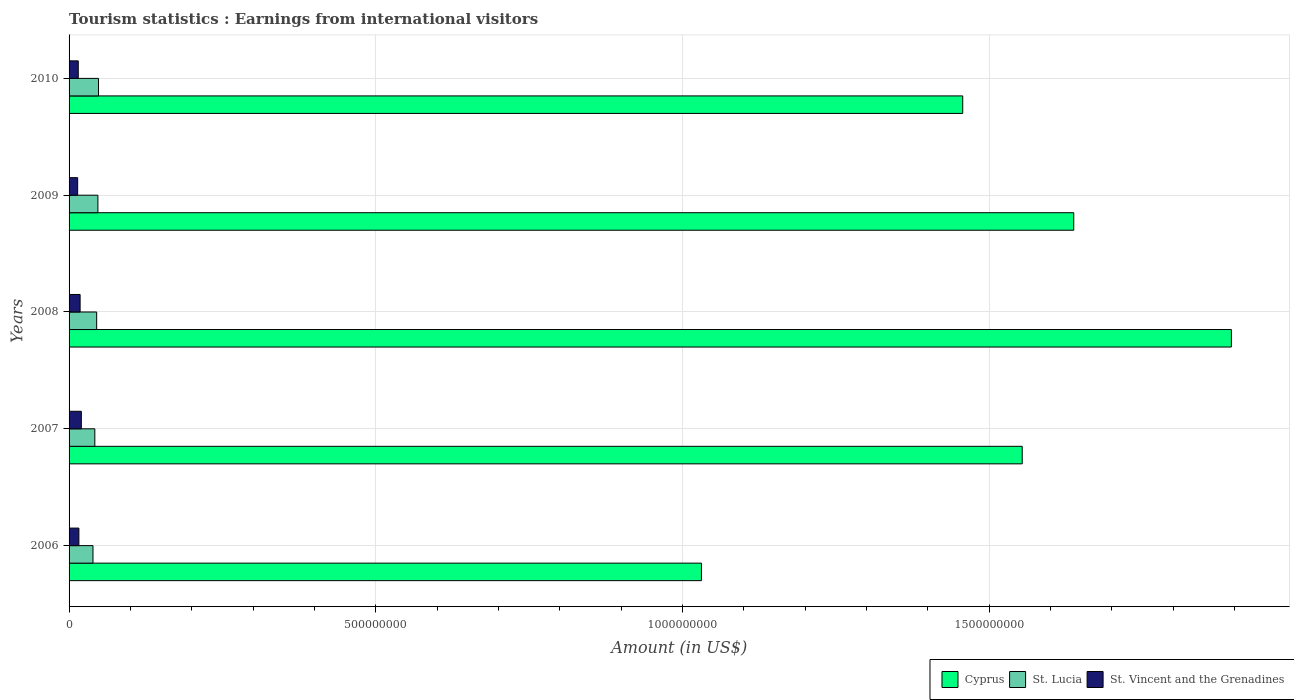
| Years | Cyprus | St. Lucia | St. Vincent and the Grenadines |
 | --- | --- | --- | --- |
 | 2006 | 1.03e+09 | 3.9e+07 | 1.6e+07 |
 | 2007 | 1.55e+09 | 4.2e+07 | 2e+07 |
 | 2008 | 1.9e+09 | 4.5e+07 | 1.8e+07 |
 | 2009 | 1.64e+09 | 4.7e+07 | 1.4e+07 |
 | 2010 | 1.46e+09 | 4.8e+07 | 1.5e+07 |